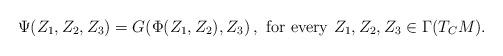
LaTeX: \begin{align*}\Psi(Z_1,Z_2,Z_3)=G(\Phi(Z_1,Z_2),Z_3)\,,\,\,{\rm for\,\,every}\,\,Z_1,Z_2,Z_3\in\Gamma(T_CM).\end{align*}